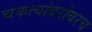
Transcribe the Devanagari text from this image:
चकत्यांबरोबरच